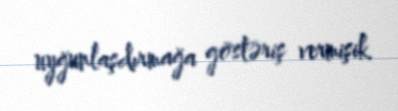
uyğunlaşdırmağa göstəriş vermişik.